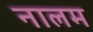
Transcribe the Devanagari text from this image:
नालम